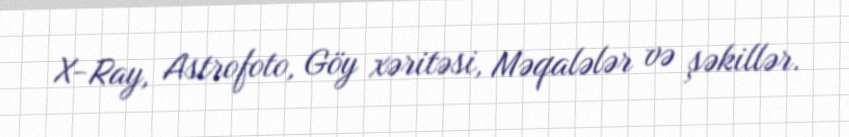
X-Ray, Astrofoto, Göy xəritəsi, Məqalələr və şəkillər.